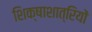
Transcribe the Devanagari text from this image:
शिक्षाशात्रियों